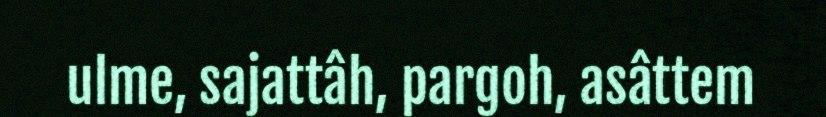
ulme, sajattâh, pargoh, asâttem